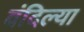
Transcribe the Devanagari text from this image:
वंदिल्या